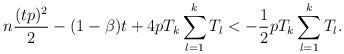
LaTeX: \begin{align*} n\frac{(tp)^2}{2} -(1 - \beta) t+ 4p T_k \sum_{l=1}^k T_l < - \frac{1}{2}p T_k \sum_{l=1}^k T_l . \end{align*}